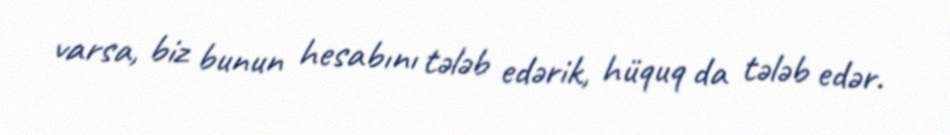
varsa, biz bunun hesabını tələb edərik, hüquq da tələb edər.